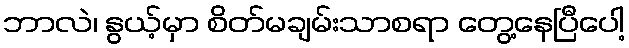
ဘာလဲ၊ နွယ့်မှာ စိတ်မချမ်းသာစရာ တွေ့နေပြီပေါ့